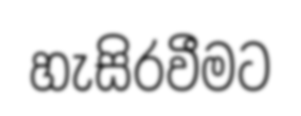
හැසිරවීමට